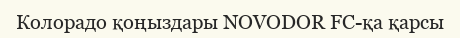
Колорадо қоңыздары NOVODOR FC-қа қарсы